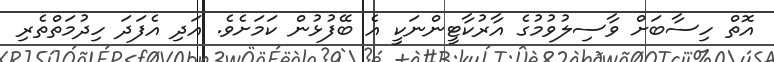
އޮތް ހިސާބަށް ވާސިލުވުމުގެ އާރުކާޓީންނަކީ އެ ބޭފުޅުން ކަމަށެވެ. އަދި އެފަދަ ހިދުމަތްތެރި